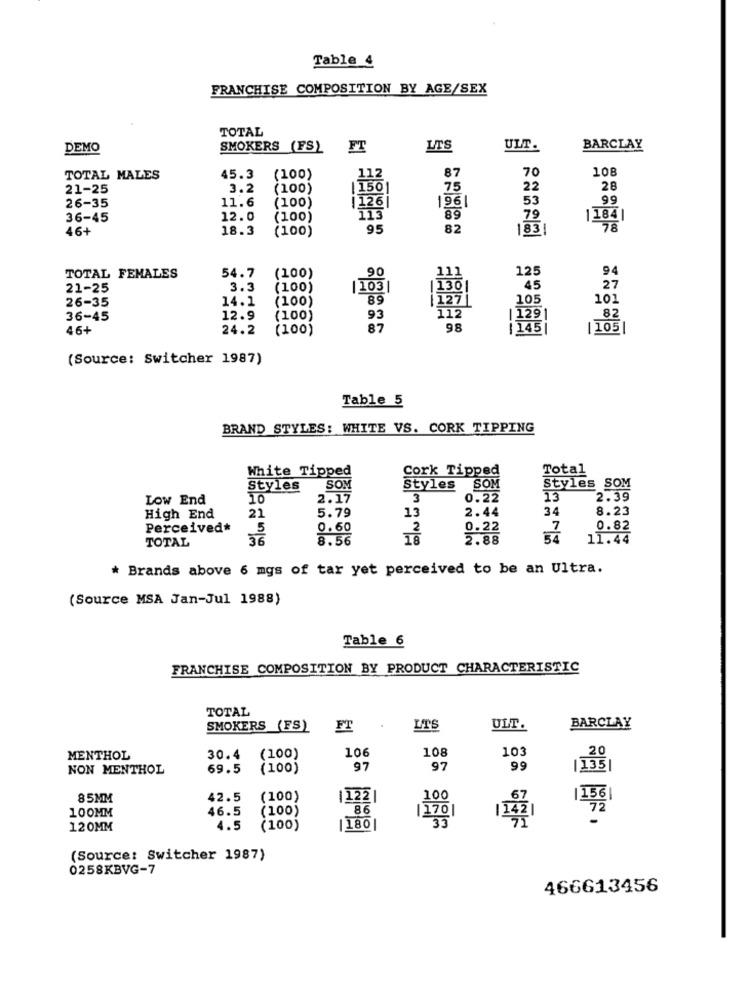
Table 4
FRANCHISE COMPOSITION BY AGE/SEX
TOTAL
DEMO
SMOKERS (FS)
FT
LTS
ULT.
BARCLAY
87
70
108
TOTAL MALES
45.3
(100)
112
21-25
3.2
(100)
[ 150]
75
22
28
11.6
(100)
126|
196|
53
99
26-35
36-45
12.0
(100)
113
89
79
1184|
46+
18.3
(100)
95
82
183|
78
90
111
125
94
TOTAL FEMALES
54.7
(100)
21-25
3.3
(100)
103
|130
45
27
26-35
14.1
(100)
89
|127
105
101
112
36-45
12.9
(100)
93
| 1291
82
46+
24.2
(100)
87
98
| 145|
105
(Source: Switcher 1987)
Table 5
BRAND STYLES: WHITE VS. CORK TIPPING
White Tipped
Total
Cork Tipped
Styles
SOM
Styles SOM
Styles SOM
Low End
2.17
3
0.22
13
2.39
5.79
13
2.44
34
8.23
High End
21
Perceived*
5
0.60
2
0.22
0.82
TOTAL
36
8.56
2.88
154
11.44
* Brands above 6 mgs of tar yet perceived to be an Ultra.
(Source MSA Jan-Jul 1988)
Table 6
FRANCHISE COMPOSITION BY PRODUCT CHARACTERISTIC
TOTAL
SMOKERS (FS)
FT
LTS
ULT.
BARCLAY
106
108
103
20
MENTHOL
30.4
(100)
NON MENTHOL
69.5
(100)
97
97
99
|135|
85MM
42.5
(100)
1122|
100
67
1156|
100MM
46.5
(100)
86
|170
72
11421
120MM
4.5
(100)
180|
35
(Source: Switcher 1987)
0258KBVG-7
466613456